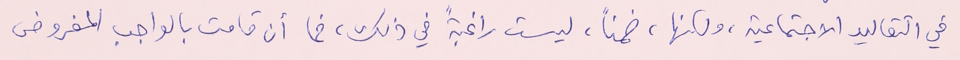
في التقاليد الاجتماعية، ولكنها، ضمناً، ليست راغبةً في ذلك، فما أن قامت بالواجب المفروض